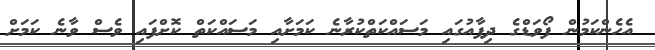
އެހެންކަމުން ފޯވަޑްގެ ދިފާއުގައި މަސައްކަތްކުރާނެ ކަމަށާއި މަސައްކަތް ކޮށްފައި ވެސް ވާނެ ކަމަށް